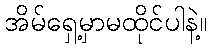
အိမ်ရှေ့မှာမထိုင်ပါနဲ့။